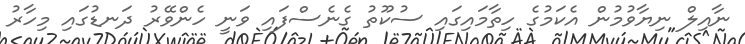
ނާއިލް ނިޔާވުމުން އެކަމުގެ ހިތާމައިގައި ސުކޫތު ގެނެސްފައި ވަނީ ހެންވޭރު ދަނޑުގައި މިހާރު